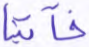
فآتينا